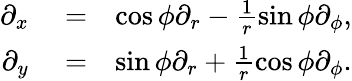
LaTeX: \begin{array}{rlr}{\partial_{x}}&{{}=}&{\cos\phi\partial_{r}-\frac{1}{r}\sin\phi\partial_{\phi},}\\ {\partial_{y}}&{{}=}&{\sin\phi\partial_{r}+\frac{1}{r}\cos\phi\partial_{\phi}.}\end{array}